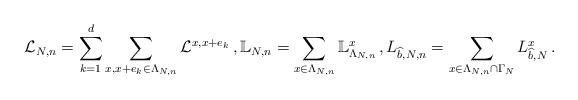
LaTeX: \begin{align*}\mathcal L_{N,n} =\sum\limits_{k=1}^d \sum_{x,x+e_k\in\Lambda_{N,n}}\mathcal L^{x,x+e_k}\, ,\mathbb L_{N,n} =\sum_{x\in \Lambda_{N,n}}\mathbb L^{x}_{\Lambda_{N,n}}\, ,L_{\widehat b,N,n} = \sum_{x\in \Lambda_{N,n}\cap\Gamma_N} L^{x}_{\widehat b,N}\, . \end{align*}